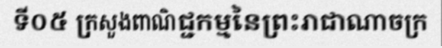
ទី០៥ ក្រសួងពាណិជ្ជកម្មនៃព្រះរាជាណាចក្រ